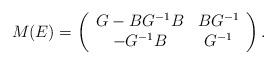
LaTeX: \begin{align*}M(E)=\left(\begin{array}{cc}G-BG^{-1}B & BG^{-1} \\-G^{-1}B & G^{-1}\end{array}\right).\end{align*}